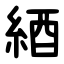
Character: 綇